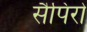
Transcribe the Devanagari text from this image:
सैपिरो